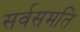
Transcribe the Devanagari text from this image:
सर्वसमति